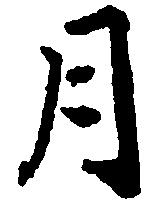
月